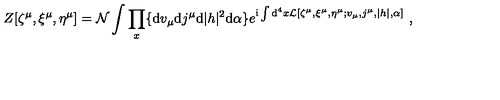
Z [ \zeta ^ { \mu } , \xi ^ { \mu } , \eta ^ { \mu } ] = { \cal N } \int \prod _ { x } \{ \mathrm { d } v _ { \mu } \mathrm { d } j ^ { \mu } \mathrm { d } | h | ^ { 2 } \mathrm { d } \alpha \} e ^ { \mathrm { i } \int \mathrm { d } ^ { 4 } x { \cal L } [ \zeta ^ { \mu } , \xi ^ { \mu } , \eta ^ { \mu } ; v _ { \mu } , j ^ { \mu } , | h | , \alpha ] } \ ,